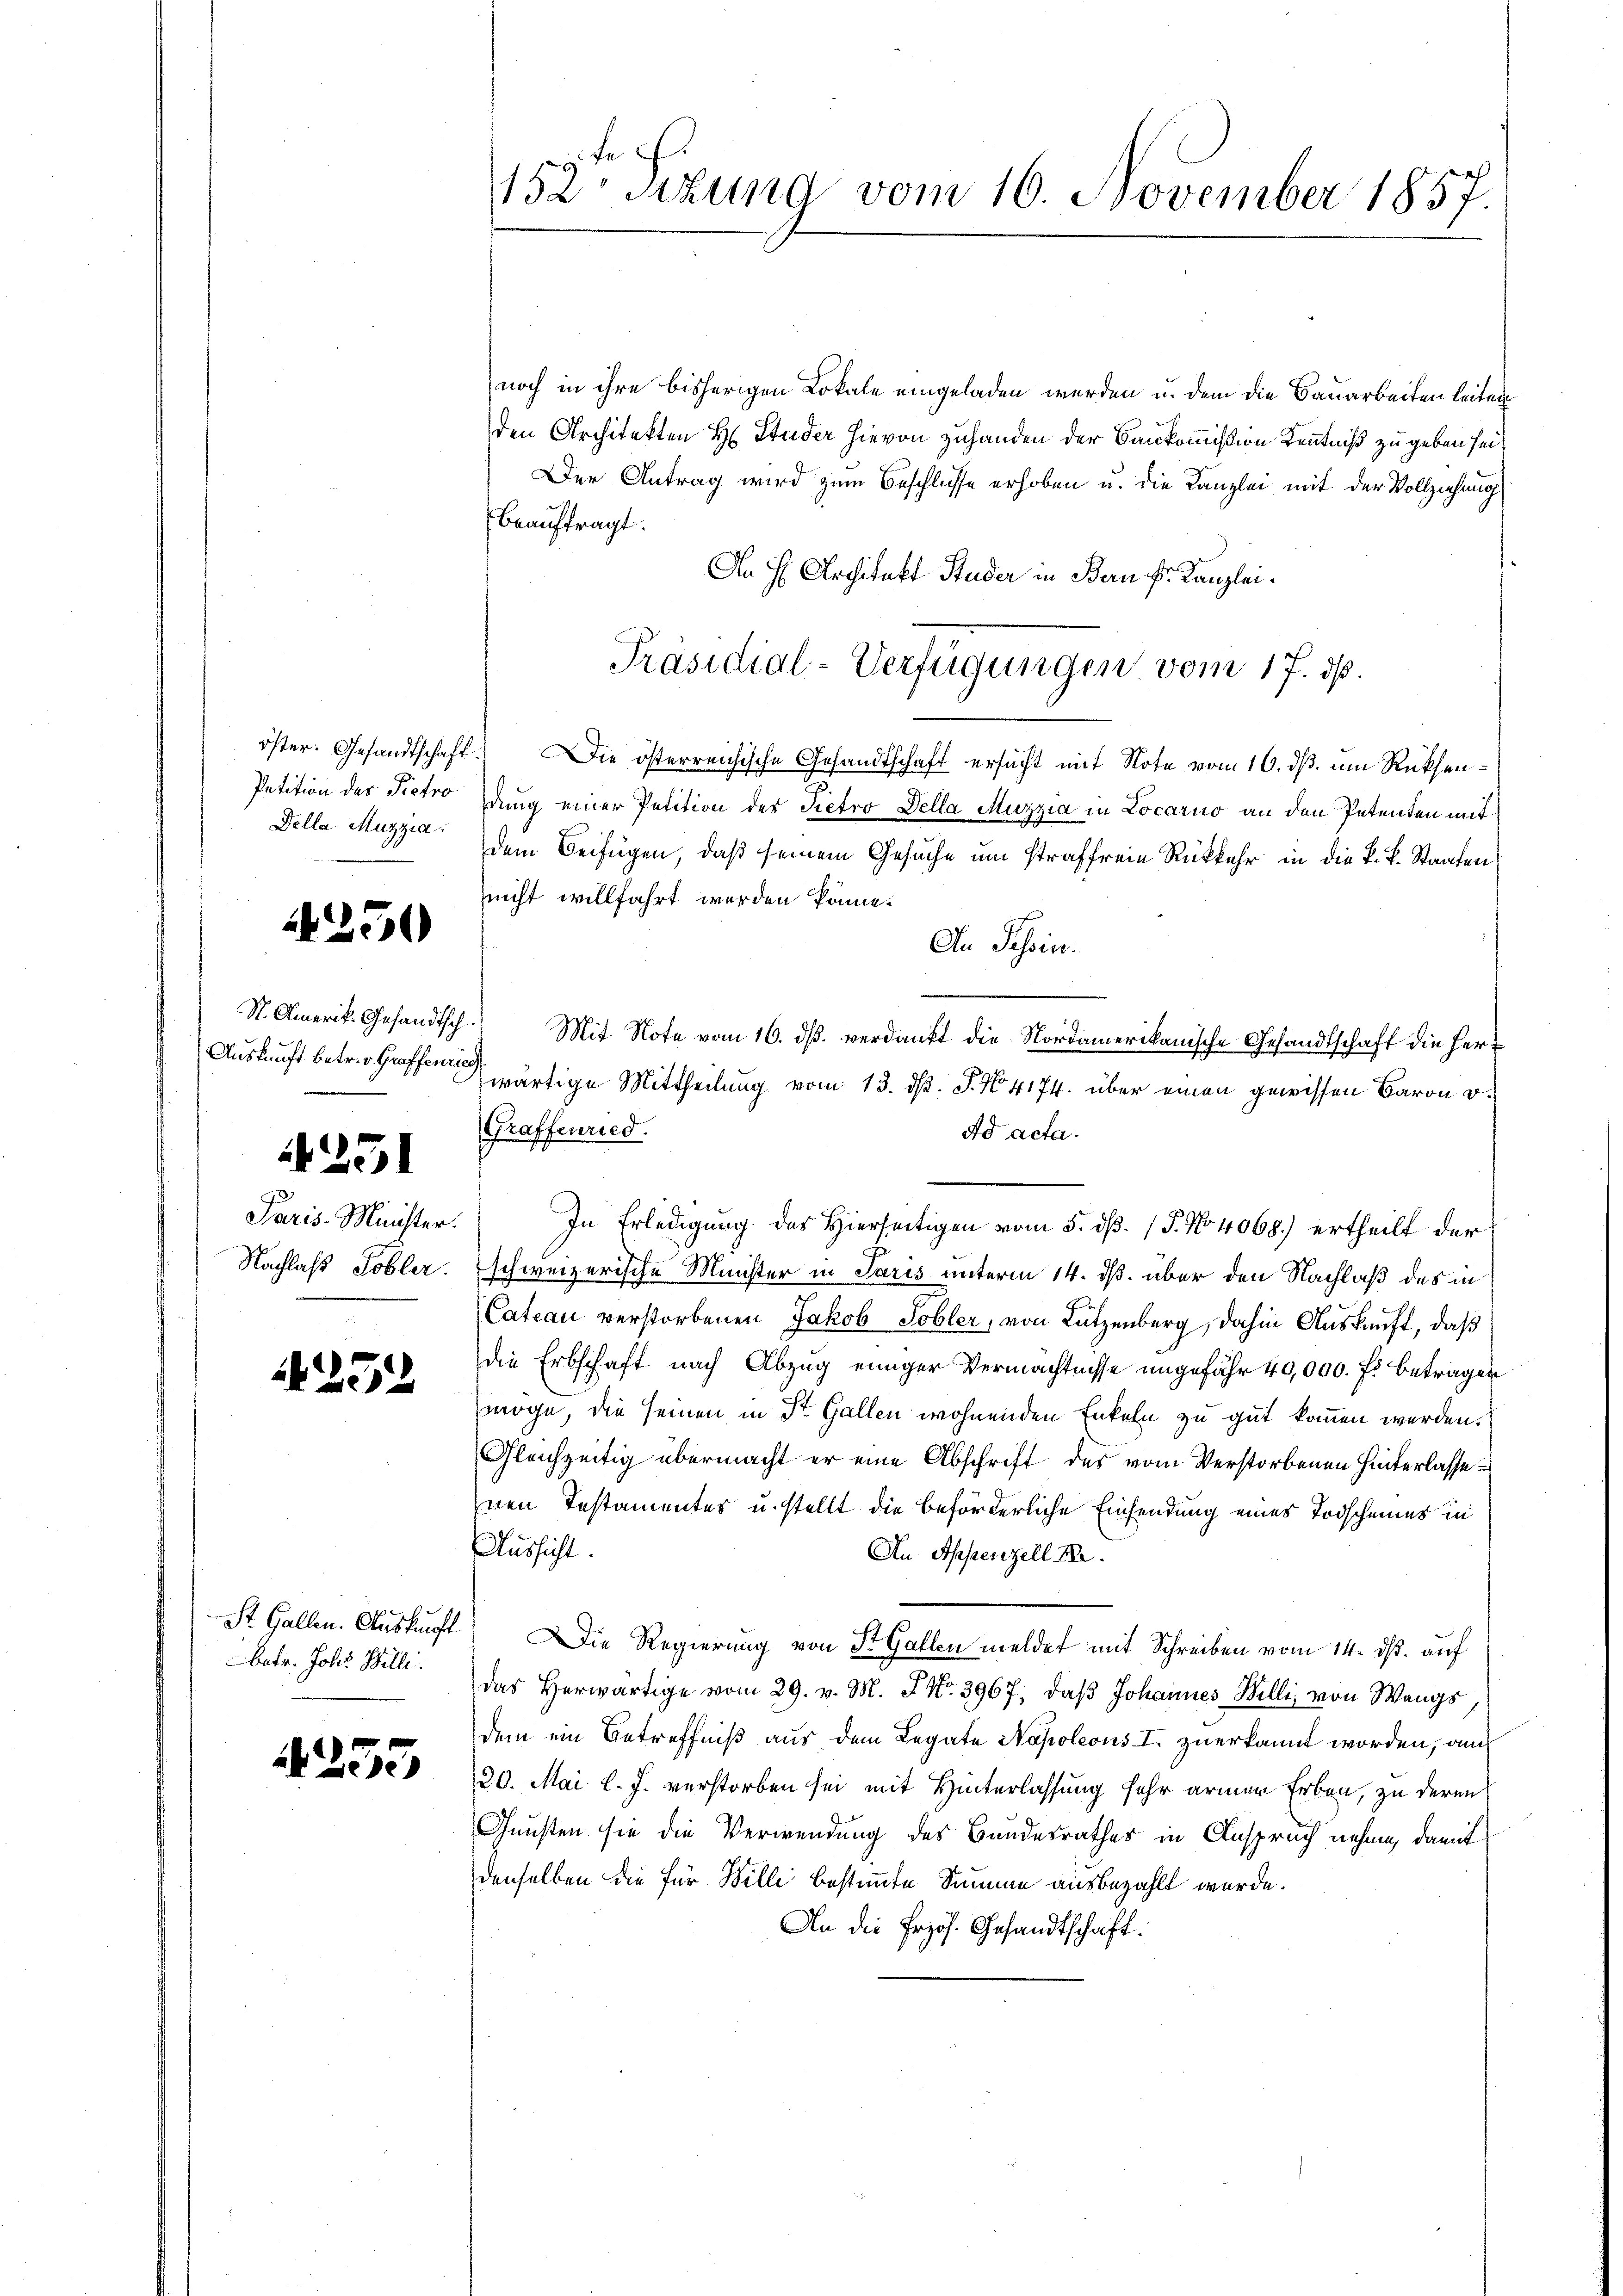
450

251

252

St. Gallen. Auskunft
Obetr. Johs. Billi

A253

Della Muzzia

St. Amerik. Gesandtsch
Auskunft betr. v. Graffenries

Paris Minister.
Nachlaß Tobler.

152 sizung vom 10. November 1857.

noch in ihre bisherigen Lokale eingeladen werden u. dem die Bauarbeiten leiten
den Architekten H. Studer hievon zuhanden der Baukommißion Kenntniß zu geben sei
Der Antrag wird zum Beschlüsse erhoben u. die Kanzlei mit der Vollziehung
beauftragt.
An H. Architekt Studer in Bern Fr. Kanzleiöster. Gesandtschaft. Die österreichische Gesandtschaft ersucht mit Note vom 16. ds. um Rücksen¬
Petition des Pietro dung einer Petition des Pietro Della Muzzia in Locarno an den Petenten mit
dem Beifügen, daß seinem Gesuche um straffreie Rückkehr in die k. k. Staaten
nicht willfahrt werden könne.
An Schein.
) Mit Note vom 16. ds. verdankt die Nordamerikanische Gesandtschaft die Herr
wärtige Mittheilung vom 13. d. J. No. 4174. über einen gewissen Baron v.
Graffenried.
Ad acta.
In Erledigung des Hierseitigen vom 5. d. 15. No 4068.) ertheilt der
schweizerische Meister in Paris unterm 14. ds. über den Nachlaß des in
Cateau verstorbenen Jakob Tobler, von Lutzenberg, dahin Auskauft, daß
die Erbschaft nach Abzug einiger Vermächtnisse ungefähr 40,000. f. betragen
möge, die seinen in St. Gallen wohnenden Enkeln zu gut kommen werden.
Gleichzeitig übermacht er eine Abschrift des vom Verstorbenen hinterlasse
nen Testamentes u. stellt die beförderliche Einsendung eines Todscheines in
Aussicht.
An Appenzell The
Die Regierung von St. Gallen meldet mit Schreiben vom 14. ds. auf
Das herwärtige vom 29. v. M. F No. 3967, daβ Johannes Willi von Wangs,
dem ein Betreffniß aus dem Legate Napoleons I. zuerkannt worden, auch
20. Mai l. J. verstorben sei mit Hinterlassung sehr armen Erben, zu deren
Gunsten sie die Verwendung des Bundesrathes in Anspruch nehme, damit
denselben die für Wille bestimmte Summe ausbezahlt wurde.
An die Erzös. Gesandtschaft.

Präsidial-Verfügungen vom 17. dß.